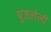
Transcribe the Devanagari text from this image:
पुजलेली